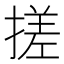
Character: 搓